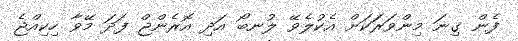
ފެން ގިނަ މިންވަރަަކަށް އެކުލެވޭ ލުުނބޯ އަދި އޮރެންޖް ފަދަ މޭވާ ހިކިއްޖެ